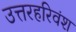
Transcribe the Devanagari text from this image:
उत्तरहरिवंश